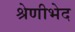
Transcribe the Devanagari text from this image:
श्रेणीभेद